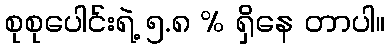
စုစုပေါင်းရဲ့ ၅.၈ % ရှိနေ တာပါ။